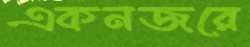
একনজরে